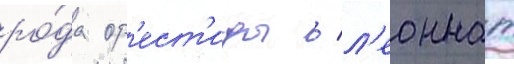
ро́да ор'ест'иды / л'еоннат